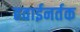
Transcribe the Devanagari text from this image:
हवाईनर्तक